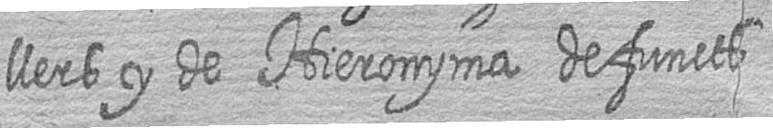
llers y de Hieronyma defuncts